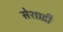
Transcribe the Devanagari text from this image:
सेशाद्री